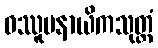
ဝဿူပနာယိကသုတ္တံ